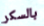
بالسكر